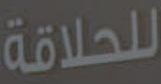
للحلاقة